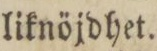
liknöjdhet.